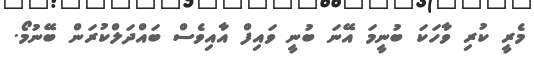
މެރީ ކުރި ވާހަކަ ބުނީމަ އޭނަ ބުނީ ވައިފް އާއިވެސް ބައްދަލްކުރަން ބޭނުމޯ.